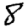
Digit: 8